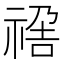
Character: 𥚣